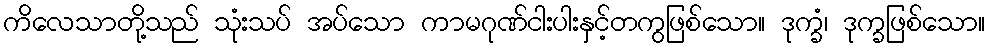
ကိလေသာတို့သည် သုံးသပ် အပ်သော ကာမဂုဏ်ငါးပါးနှင့်တကွဖြစ်သော။ ဒုက္ခံ၊ ဒုက္ခဖြစ်သော။